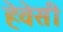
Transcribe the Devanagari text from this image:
हेवेसी